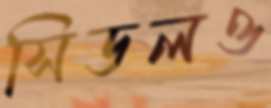
সিডলও